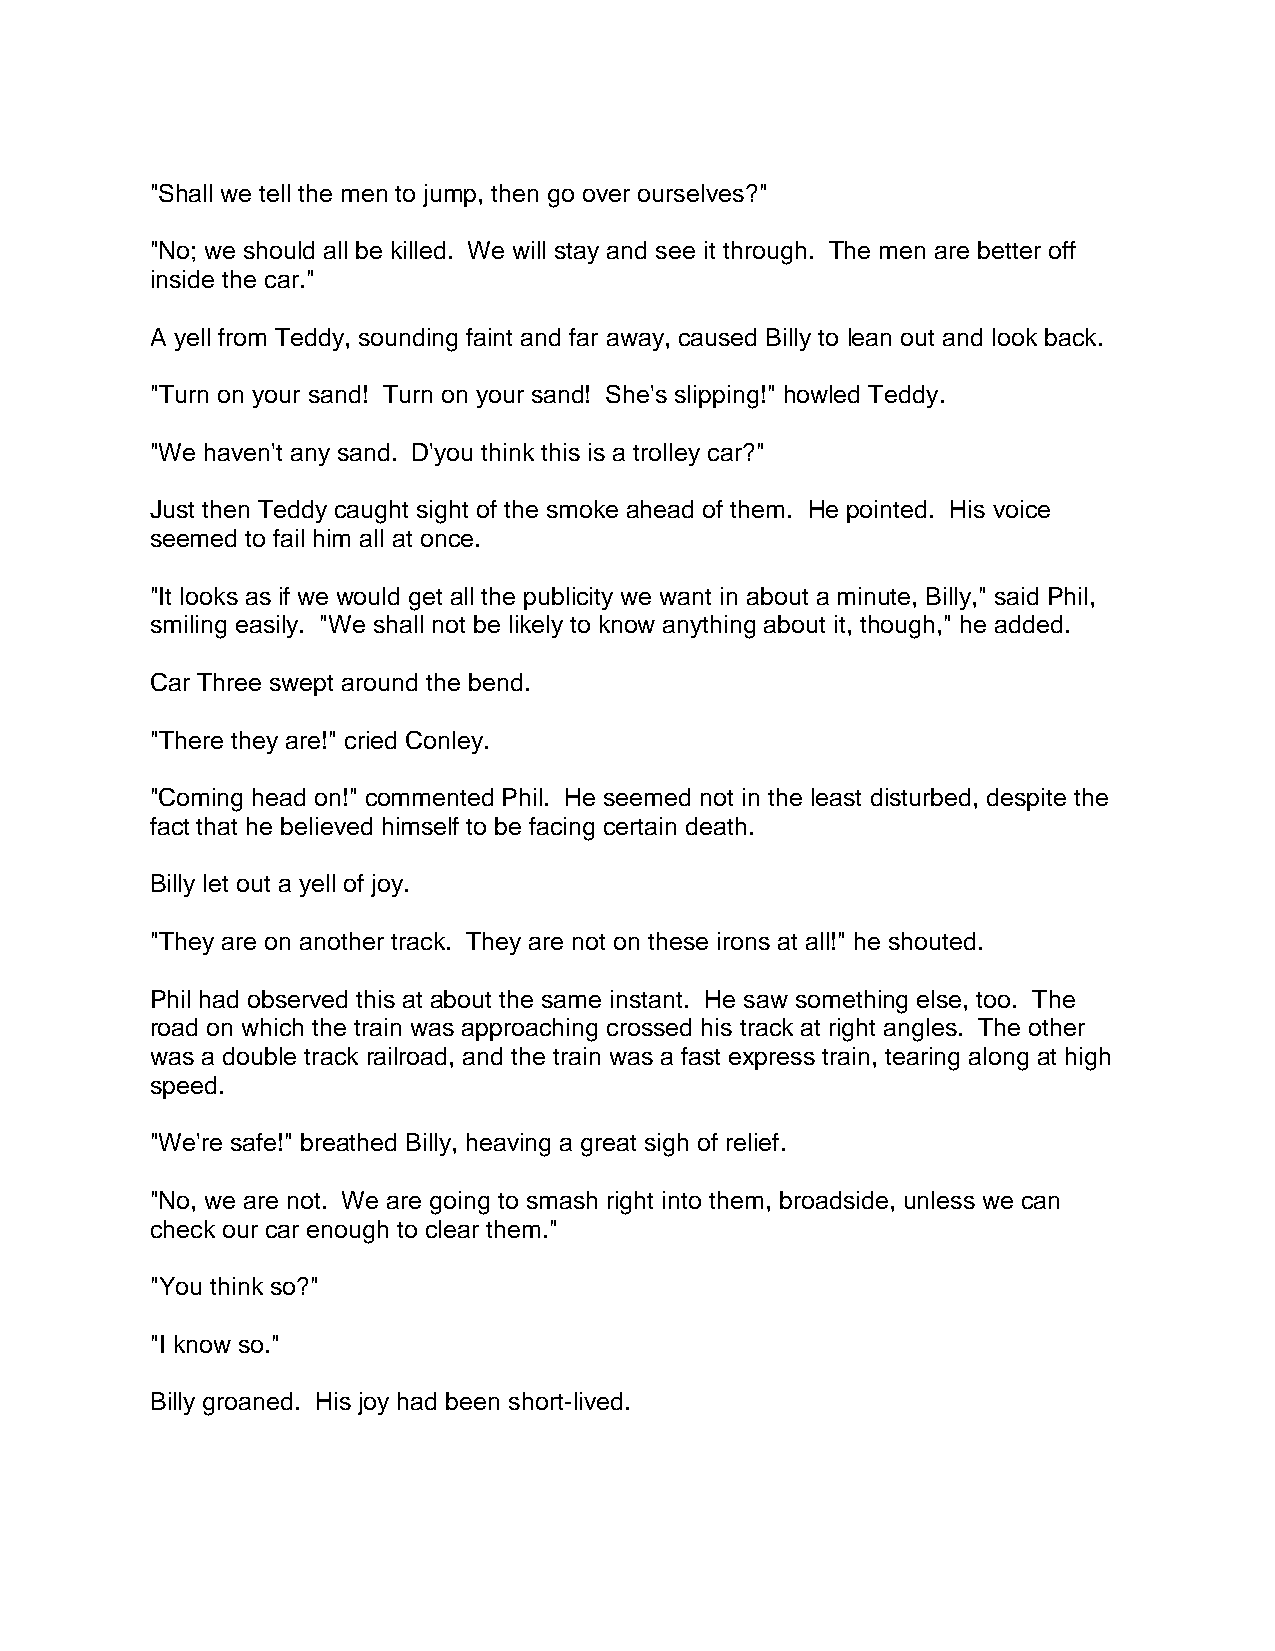
"Shall we tell the men to jump, then go over ourselves?"
 "No; we should all be killed. We will stay and see it through. The men are better off
 inside the car."
 A yell from Teddy, sounding faint and far away, caused Billy to lean out and look back.
 "Turn on your sand! Turn on your sand! She's slipping!" howled Teddy.
 "We haven't any sand. D'you think this is a trolley car?"
 Just then Teddy caught sight of the smoke ahead of them. He pointed. His voice
 seemed to fail him all at once.
 "It looks as if we would get all the publicity we want in about a minute, Billy," said Phil,
 smiling easily. "We shall not be likely to know anything about it, though," he added.
 Car Three swept around the bend.
 "There they are!" cried Conley.
 "Coming head on!" commented Phil. He seemed not in the least disturbed, despite the
 fact that he believed himself to be facing certain death.
 Billy let out a yell of joy.
 "They are on another track. They are not on these irons at all!" he shouted.
 Phil had observed this at about the same instant. He saw something else, too. The
 road on which the train was approaching crossed his track at right angles. The other
 was a double track railroad, and the train was a fast express train, tearing along at high
 speed.
 "We're safe!" breathed Billy, heaving a great sigh of relief.
 "No, we are not. We are going to smash right into them, broadside, unless we can
 check our car enough to clear them."
 "You think so?"
 "I know so."
 Billy groaned. His joy had been short-lived.